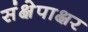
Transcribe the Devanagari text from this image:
संक्षेपाक्षर